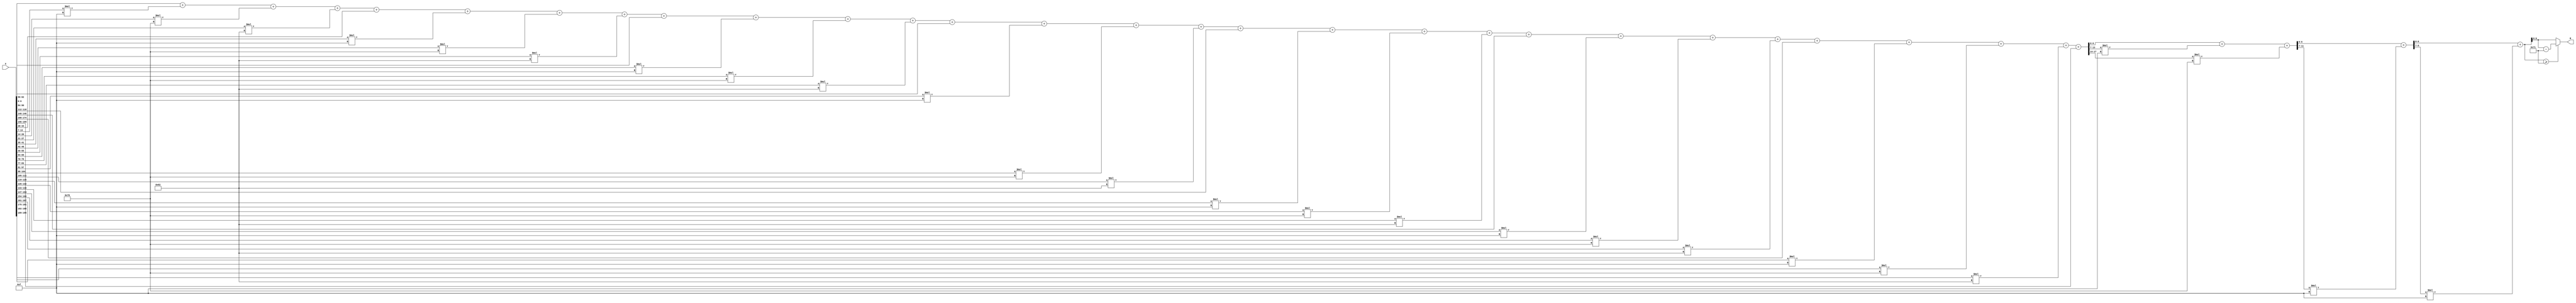
module x_200_mod_113(
    input [200:1] X,
    output [7:1] R
    );

wire [18:1] R_temp_1;
wire [12:1] R_temp_2;
wire [9:1] R_temp_3;
wire [8:1] R_temp_4;
reg [7:1]  R_temp;

assign R_temp_1 = X [ 7 : 1 ]  + X [ 14 : 8 ] * 4'b1111 + X [ 21 : 15 ] * 7'b1110000 + 
						X [ 28 : 22 ] * 7'b1100010 + X [ 35 : 29 ]  + X [ 42 : 36 ] * 4'b1111 + 
						X [ 49 : 43 ] * 7'b1110000 + X [ 56 : 50 ] * 7'b1100010 + X [ 63 : 57 ]  + 
						X [ 70 : 64 ] * 4'b1111 + X [ 77 : 71 ] * 7'b1110000 + 
						X [ 84 : 78 ] * 7'b1100010 + X [ 91 : 85 ]  + X [ 98 : 92 ] * 4'b1111 + 
						X [ 105 : 99 ] * 7'b1110000 + X [ 112 : 106 ] * 7'b1100010 + X [ 119 : 113 ]  + 
						X [ 126 : 120 ] * 4'b1111 + X [ 133 : 127 ] * 7'b1110000 + 
						X [ 140 : 134 ] * 7'b1100010 + X [ 147 : 141 ]  + X [ 154 : 148 ] * 4'b1111 + 
						X [ 161 : 155 ] * 7'b1110000 + X [ 168 : 162 ] * 7'b1100010 + X [ 175 : 169 ]  + 
						X [ 182 : 176 ] * 4'b1111 + X [ 189 : 183 ] * 7'b1110000 + X [ 196 : 190 ] * 7'b1100010 + 
						X [ 200 : 197 ] ;

assign R_temp_2 = R_temp_1 [ 7 : 1 ]  + R_temp_1 [ 14 : 8 ] * 4'b1111 + R_temp_1 [ 18 : 15 ] * 7'b1110000 ;

assign R_temp_3 = R_temp_2[ 7 : 1 ]  + R_temp_2 [ 12 : 8 ] * 4'b1111 ;

assign R_temp_4 = R_temp_3 [ 7 : 1 ]  + R_temp_3 [ 9 : 8 ] * 4'b1111 ;

always @(R_temp_4)
begin
  if (R_temp_4 >= 7'b1110001)
    R_temp <= R_temp_4 - 7'b1110001;
  else
    R_temp <= R_temp_4;
end

assign R = R_temp;

endmodule